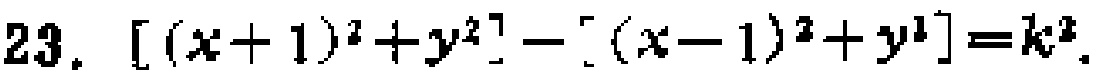
23. $[(x + 1)^2 + y^2] - [(x - 1)^2 + y^2]=k^2$